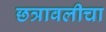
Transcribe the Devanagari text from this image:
छत्रावलीचा